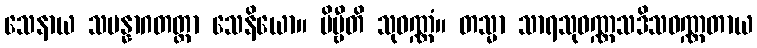
သေနာယ သမန္နာဂတတ္တာ သေနိယော။ ဗိမ္ဗီတိ သုဝဏ္ဏံ။ တသ္မာ သာရသုဝဏ္ဏသဒိသဝဏ္ဏတာယ